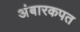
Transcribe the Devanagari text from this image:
अंबारकपत